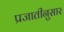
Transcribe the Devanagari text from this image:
प्रजातीनुसार